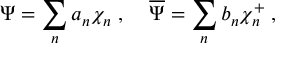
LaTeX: \Psi = \sum _ { n } a _ { n } \chi _ { n } \; , \; \; \; \; \overline { { { \Psi } } } = \sum _ { n } b _ { n } \chi _ { n } ^ { + } \; ,